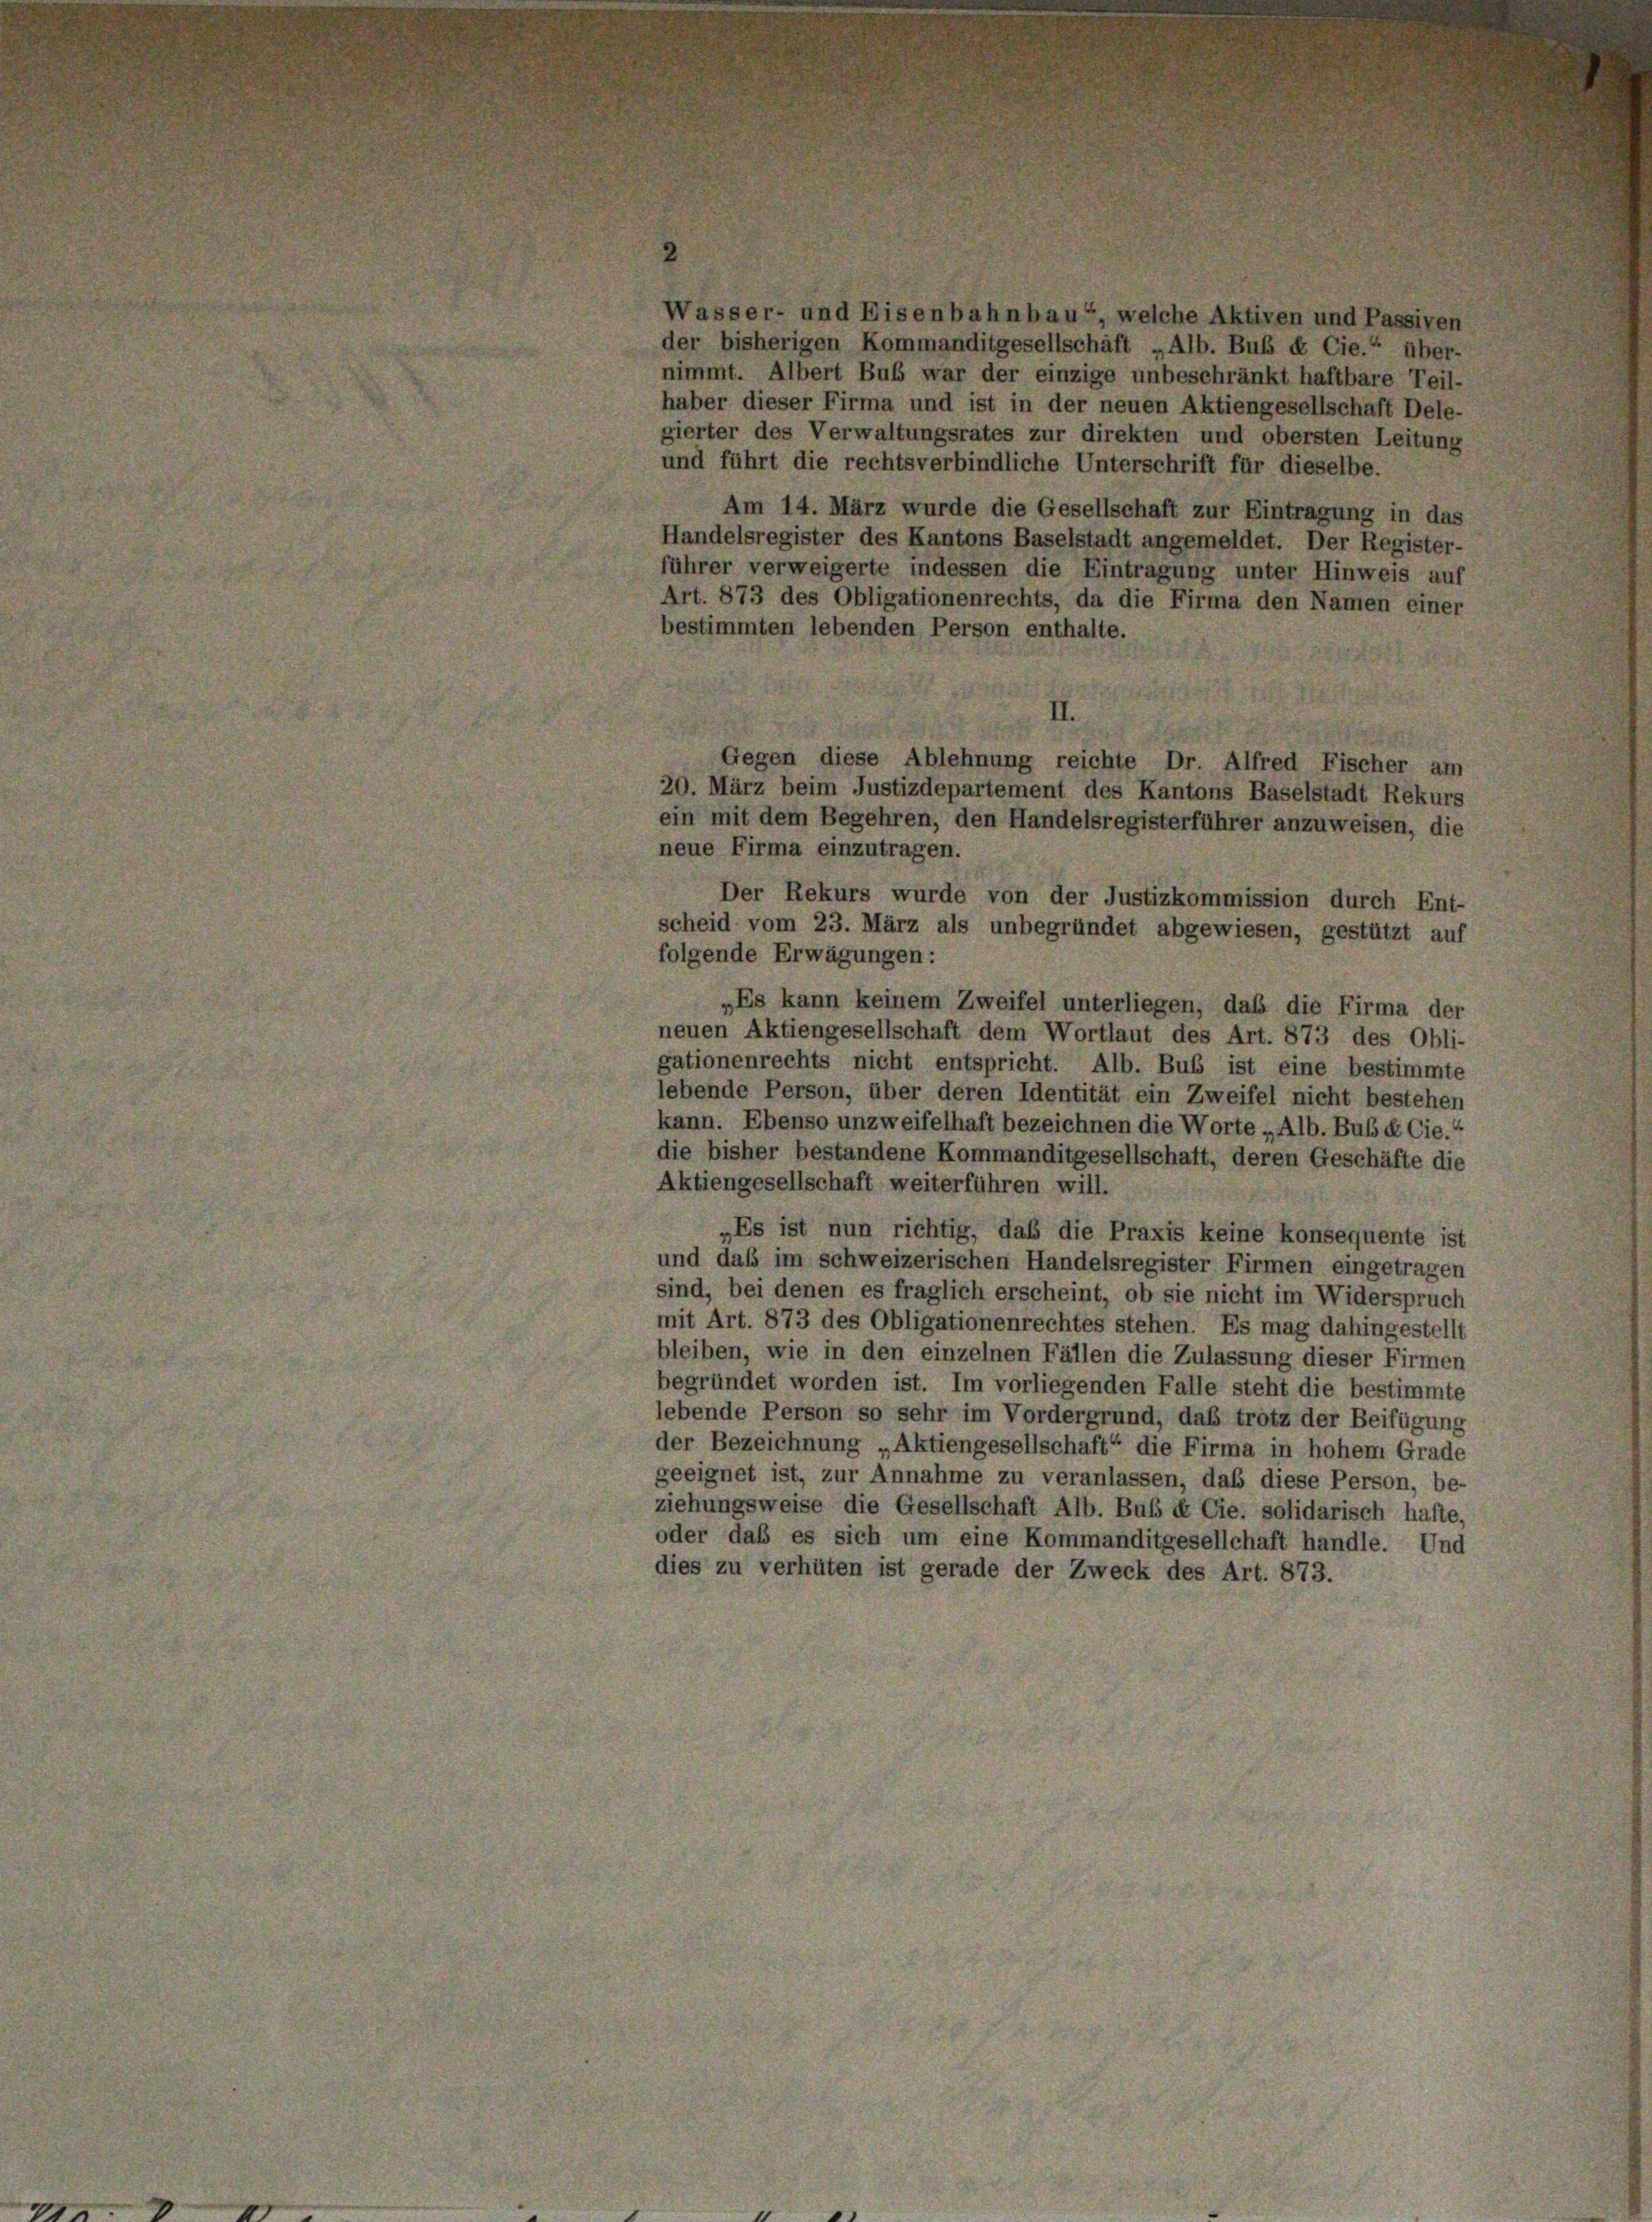
der bisherigen Kommanditgesellschäft „Alb. Bub & Cie.“ über-
nimmt. Albert Bub war der einzige unbeschränkt haftbare Teil-
haber dieser Firma und ist in der neuen Aktiengesellschaft Dele-
gierter des Verwaltungsrates zur direkten und obersten Leitung
und führt die rechtsverbindliche Unterschrift für dieselbe.
Am 14. März wurde die Gesellschaft zur Eintragung in das
Handelsregister des Kantons Baselstadt angemeldet. Der Register-
führer verweigerte indessen die Eintragung unter Hinweis auf
Art. 873 des Obligationenrechts, da die Firma den Namen einer
bestimmten lebenden Person enthalte.
II.
Gegen diese Ablehnung reichte Dr. Alfred Fischer am
20. März beim Justizdepartement des Kantons Baselstadt Rekurs
ein mit dem Begehren, den Handelsregisterführer anzuweisen, die
neue Firma einzutragen.
Der Rekurs wurde von der Justizkommission durch Ent-
scheid vom 23. März als unbegründet abgewiesen, gestützt auf
folgende Erwägungen:
„Es kann keinem Zweifel unterliegen, daß die Firma der
neuen Aktiengesellschaft dem Wortlaut des Art. 873 des Obli-
gationenrechts nicht entspricht. Alb. Bub ist eine bestimmte
lebende Person, über deren Identität ein Zweifel nicht bestehen
kann. Ebenso unzweifelhaft bezeichnen die Worte „Alb. Bubek Cie.“
die bisher bestandene Kommanditgesellschaft, deren Geschäfte die
Aktiengesellschaft weiterführen will.
„Es ist nun richtig, daß die Praxis keine konsequente ist
und daß im schweizerischen Handelsregister Firmen eingetragen
sind, bei denen es fraglich erscheint, ob sie nicht im Widerspruch
mit Art. 873 des Obligationenrechtes stehen. Es mag dahingestellt
bleiben, wie in den einzelnen Fällen die Zulassung dieser Firmen
begründet worden ist. Im vorliegenden Falle steht die bestimmte
lebende Person so sehr im Vordergrund, das trotz der Beifügung
der Bezeichnung „Aktiengesellschaft“ die Firma in hohem Grade
geeignet ist, zur Annahme zu veranlassen, daß diese Person, be-
ziehungsweise die Gesellschaft Alb. Bub & Cie. solidarisch hafte,
oder das es sich um eine Kommanditgesellchaft handle. Und
dies zu verhüten ist gerade der Zweck des Art. 873.